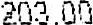
203.00